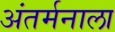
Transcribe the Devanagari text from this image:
अंतर्मनाला